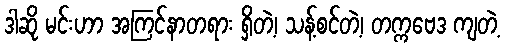
ဒါဆို မင်းဟာ အကြင်နာတရား ရှိတဲ့၊ သန့်စင်တဲ့၊ တက္ကဗေဒ ကျတဲ့